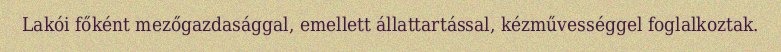
Lakói főként mezőgazdasággal, emellett állattartással, kézművességgel foglalkoztak.